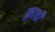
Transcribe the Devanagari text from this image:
क्राची